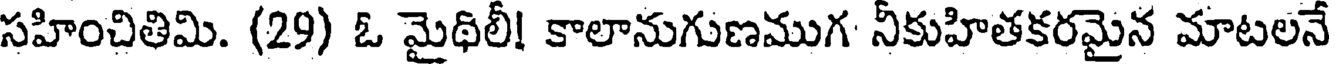
సహించితిమి. (29) ఓ మైథిలీ! కాలానుగుణముగ నీకుహితకరమైన మాటలనే